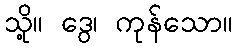
သို့။ ဒွေ၊ ကုန်သော။